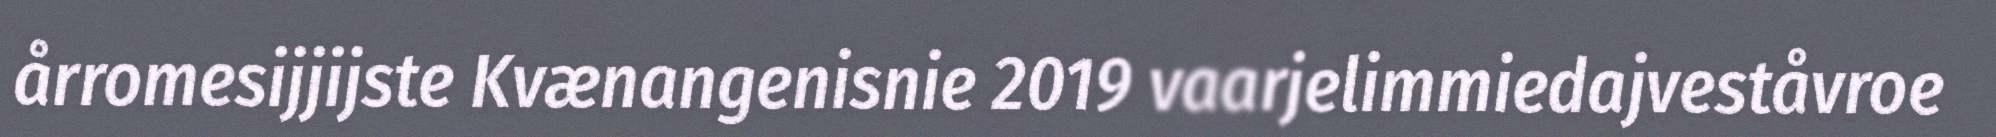
årromesijjijste Kvænangenisnie 2019 vaarjelimmiedajveståvroe